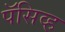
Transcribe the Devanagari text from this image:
पॅसिव्ह